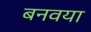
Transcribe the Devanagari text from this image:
बनवया